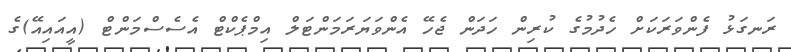
ރަނގަޅު ފެންވަރަކަށް ހެދުމުގެ ކުރިން ހަދަން ޖެހޭ އެންވަޔަރަމަންޓަލް އިމްޕެކްޓް އެސެސްމަންޓް (އީއައިއޭ)ގެ